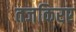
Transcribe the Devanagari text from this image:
तजकिरए